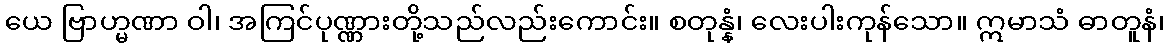
ယေ ဗြာဟ္မဏာ ဝါ၊ အကြင်ပုဏ္ဏားတို့သည်လည်းကောင်း။ စတုန္နံ၊ လေးပါးကုန်သော။ ဣမာသံ ဓာတူနံ၊